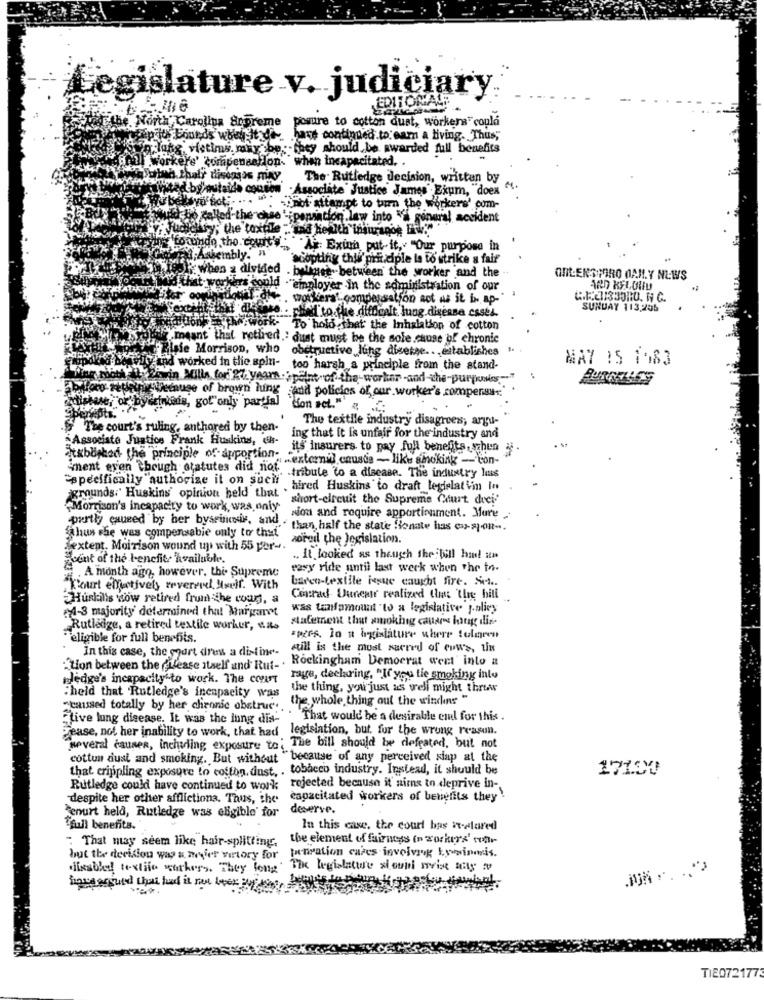
Legislature v. judiciary
ERIIONALE
To the North Carolina Arpreme
posure to cotton dust, workens" could
Napiith Boneds' when It de have continued to earn a living. Thus,
orvo long victims may be: they should be awarded full benefits
workere' compensation. when incapacitated. .
The Rutledge decision, written by
ved by'outaide conson
Associate Justice James Ekum, doex
"Onot aitampt to turn the workers' com-
dutchis called the case ' pensation law into " general accident
mocaby; the toxple : und health insurance Inw.
Karyiny toundo the. courts" Ai: Exuma put-it, "Our purpose in
Et:Assembly.'n
ecopting this' pri ciple la to strike a fair
when a divided . butmet. between the worker and the
ORLENSPORO OANY NEWS
i'd that workers could . "employer -in the administration of our
ARD KELUND
. workerat.compensation act as it is ap-"
Kextì
SUNDAY 113,205
that didforo . phind to the difficult lung disease cast.
edition"hw work- To hold that the Inhalation of cotton
meant that retired.' dust must be the sole cause of chronic
FRIsie Morrison, who
obstructive ling disetse. . . establishes
MAY 15 1983
and worked in the spin- too harsh a principle from the stand-
Pwin Mills, for'27. years .spelat of the-worker -and-che-purposes.""
WWWlecause of brown hung and policies of our worker's compens
cintas, got"only partial Hon act."
The textile industry disagrees, argu-
The court's ruling, anthored by then-
Associate Justice Frank Huskins, hs-
ing that it is unfair for the industry and
it's insurers to pay full benefits, when
atxbughed the principle of- apportion-
"externil causte - like smoking -- con-
ment even though statutes did not tribute to a disease. The industry las
"specifically "authorize it on such hired Huskins to draft legislatimn In
agrounds. Huskins' opinion held that ."
short-circuit the Supreme Court dexi'
Morrison's incapacity to work, was only
Nion and require apportionment. Mure
"thus she was compensabie only to thet"
partly caused by her byseincons, and . than half the state Bonate has co-sjon -.
soreil the legislation.
Sextent. Moirison wound up with 55 por -.
scent of the benefite available.
.. It looked as though the bill ha! un
easy ride until last week when the to-
4. A month ago, however, thi. Supreme
barco-textile issue caught fire. Sie.
"Court effectively reverend, self. With
Huskills wow retired from the coun, a
Conrad Dunear realized that The hill
was tanfamout "to a legislative y-blivy
4-3 majority determined that Margaret
statement that sucking cana long dis
Rutledge, a retired textile workur, s.as
"eligible for full benefits.
pers. In a huislature where Colgeen
still is the most sacred of cows, tin
In this case, the court dres a distine-
Rockingham Democrat wert' into a
"tion between the cilease itself and Rut -.
ledge's incapacity to work. The count
rage, declaring. "If you the smoking into
the thing, you just as well might threw
:held that Rutledge's Incapacity was
the whole thing out the wings "
"Live lung disease. It was the inng dis-
"caissed totally by her chronic obstrus' . . That would be' a desirable em for this .
Pease, not her inability to work, that had legislation, but. for the wrong reason.
several causes, including exposure to The bill should be defeated, but not
cottun dust and smoking. But without "because of any perceived siap at the
that crippling exposure to coffon, dust, . tobacco industry. Instead, it should be
171.80
Rutledge could have continued to work rejected because it aims to deprive in-
despite her other afflictiona. Thus, the
capacitated workers of benefits they!
deserve.
Benurt held, Rutledge was eligible for
"full benefits."
In this case, the court has it-alared
the element of fairness (n workers' con-
" That may seem like hair-splitting.
but the decision was a zvier victory for pensation cases involving by wingsis.
disabled textifo workers. They long. The legislature stoupl weise way to
home argued that had it ran leer oy bin!
TIE0721773